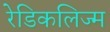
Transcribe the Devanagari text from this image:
रेडिकलिज्म